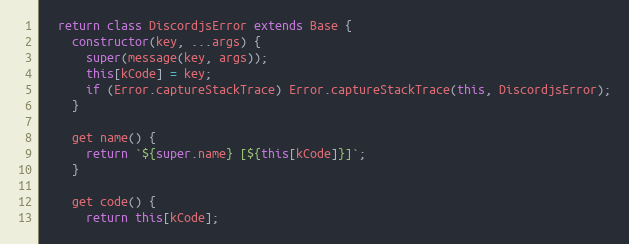
Language: JavaScript
  return class DiscordjsError extends Base {
    constructor(key, ...args) {
      super(message(key, args));
      this[kCode] = key;
      if (Error.captureStackTrace) Error.captureStackTrace(this, DiscordjsError);
    }

    get name() {
      return `${super.name} [${this[kCode]}]`;
    }

    get code() {
      return this[kCode];